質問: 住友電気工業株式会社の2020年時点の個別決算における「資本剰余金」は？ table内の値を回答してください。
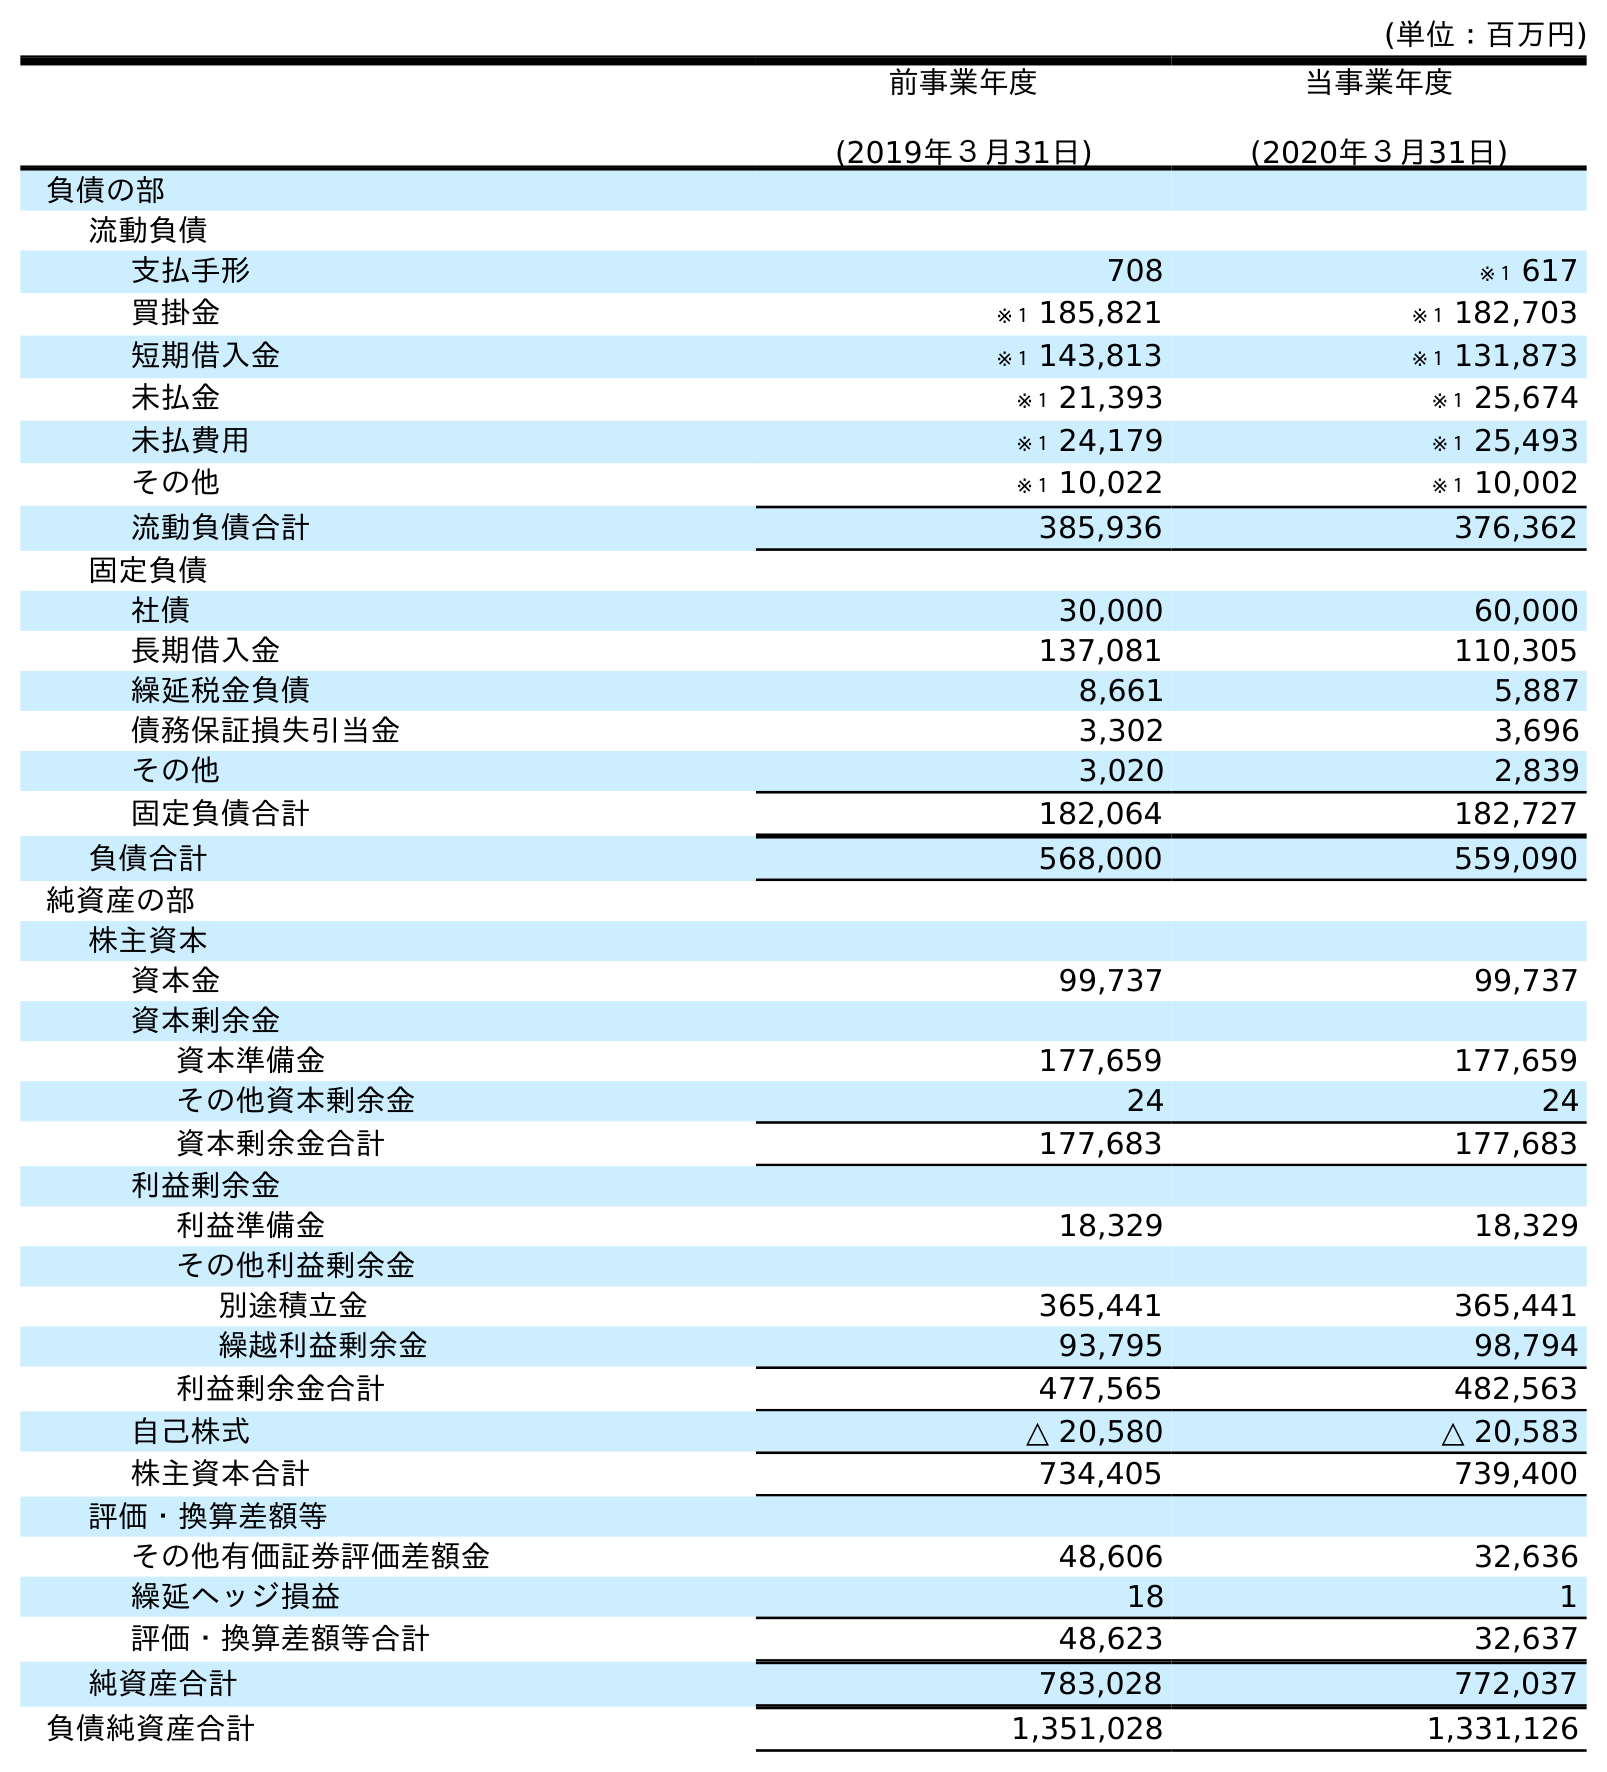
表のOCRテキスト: (単位：百万円) 前事業年度 (2019年３月31日) 当事業年度 (2020年３月31日) 負債の部 流動負債 支払手形 708 ※１ 617 買掛金 ※１ 185,821 ※１ 182,703 短期借入金 ※１ 143,813 ※１ 131,873 未払金 ※１ 21,393 ※１ 25,674 未払費用 ※１ 24,179 ※１ 25,493 その他 ※１ 10,022 ※１ 10,002 流動負債合計 385,936 376,362 固定負債 社債 30,000 60,000 長期借入金 137,081 110,305 繰延税金負債 8,661 5,887 債務保証損失引当金 3,302 3,696 その他 3,020 2,839 固定負債合計 182,064 182,727 負債合計 568,000 559,090 純資産の部 株主資本 資本金 99,737 99,737 資本剰余金 資本準備金 177,659 177,659 その他資本剰余金 24 24 資本剰余金合計 177,683 177,683 利益剰余金 利益準備金 18,329 18,329 その他利益剰余金 別途積立金 365,441 365,441 繰越利益剰余金 93,795 98,794 利益剰余金合計 477,565 482,563 自己株式 △ 20,580 △ 20,583 株主資本合計 734,405 739,400 評価・換算差額等 その他有価証券評価差額金 48,606 32,636 繰延ヘッジ損益 18 1 評価・換算差額等合計 48,623 32,637 純資産合計 783,028 772,037 負債純資産合計 1,351,028 1,331,126
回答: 177,683